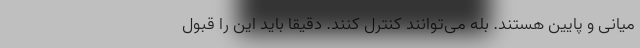
میانی و پایین هستند. بله می‌توانند کنترل کنند. دقیقا باید این را قبول